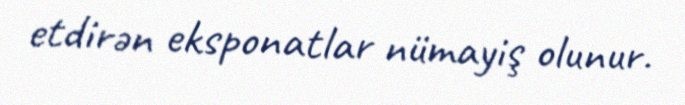
etdirən eksponatlar nümayiş olunur.